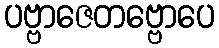
ပဗ္ဗာဇေတဗ္ဗောပေ